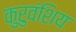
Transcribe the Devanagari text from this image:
कुरुवंशिय